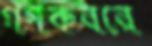
গণকবরে